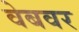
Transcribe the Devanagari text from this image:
वेबवर